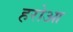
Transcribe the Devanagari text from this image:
हरोआ